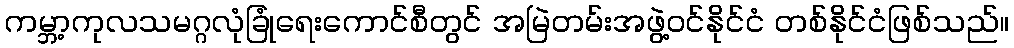
ကမ္ဘာ့ကုလသမဂ္ဂလုံခြုံရေးကောင်စီတွင် အမြဲတမ်းအဖွဲ့ဝင်နိုင်ငံ တစ်နိုင်ငံဖြစ်သည်။